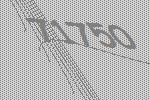
71750